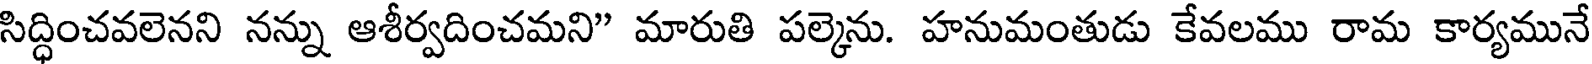
సిద్ధించవలెనని నన్ను ఆశీర్వదించమని" మారుతి పల్కెను. హనుమంతుడు కేవలము రామ కార్యమునే